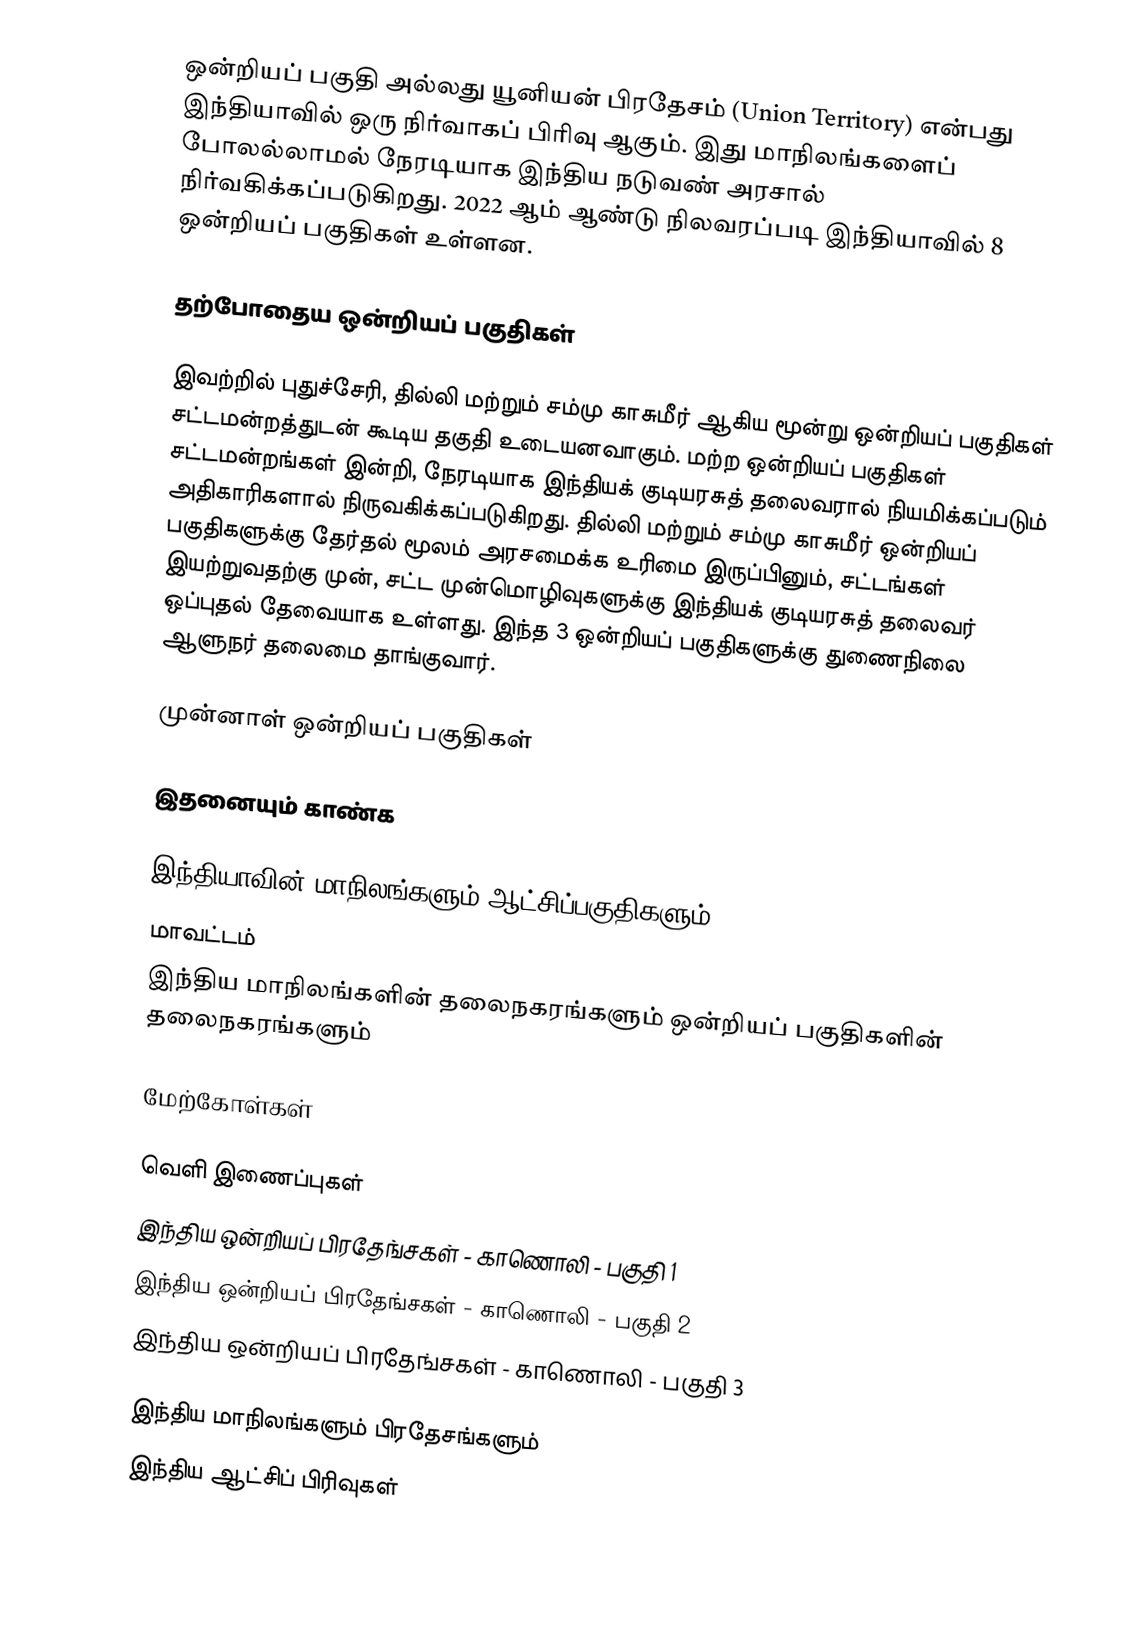
ஒன்றியப் பகுதி அல்லது யூனியன் பிரதேசம் (Union Territory) என்பது இந்தியாவில் ஒரு நிர்வாகப் பிரிவு ஆகும். இது மாநிலங்களைப் போலல்லாமல் நேரடியாக இந்திய நடுவண் அரசால் நிர்வகிக்கப்படுகிறது. 2022 ஆம் ஆண்டு நிலவரப்படி இந்தியாவில் 8 ஒன்றியப் பகுதிகள் உள்ளன.

தற்போதைய ஒன்றியப் பகுதிகள்

இவற்றில் புதுச்சேரி,  தில்லி மற்றும் சம்மு காசுமீர்  ஆகிய மூன்று ஒன்றியப் பகுதிகள் சட்டமன்றத்துடன் கூடிய தகுதி உடையனவாகும். மற்ற ஒன்றியப் பகுதிகள் சட்டமன்றங்கள் இன்றி, நேரடியாக இந்தியக் குடியரசுத் தலைவரால் நியமிக்கப்படும் அதிகாரிகளால் நிருவகிக்கப்படுகிறது. தில்லி மற்றும் சம்மு காசுமீர் ஒன்றியப் பகுதிகளுக்கு தேர்தல் மூலம் அரசமைக்க உரிமை இருப்பினும், சட்டங்கள் இயற்றுவதற்கு முன், சட்ட முன்மொழிவுகளுக்கு இந்தியக் குடியரசுத் தலைவர் ஒப்புதல் தேவையாக உள்ளது. இந்த 3 ஒன்றியப் பகுதிகளுக்கு துணைநிலை ஆளுநர் தலைமை தாங்குவார்.

முன்னாள் ஒன்றியப் பகுதிகள்

இதனையும் காண்க

 இந்தியாவின் மாநிலங்களும் ஆட்சிப்பகுதிகளும்
 மாவட்டம்
 இந்திய மாநிலங்களின் தலைநகரங்களும் ஒன்றியப் பகுதிகளின் தலைநகரங்களும்

மேற்கோள்கள்

வெளி இணைப்புகள்
 இந்திய ஒன்றியப் பிரதேங்சகள் - காணொலி - பகுதி 1
 இந்திய ஒன்றியப் பிரதேங்சகள் - காணொலி - பகுதி 2
 இந்திய ஒன்றியப் பிரதேங்சகள் - காணொலி - பகுதி 3

இந்திய மாநிலங்களும் பிரதேசங்களும்
இந்திய ஆட்சிப் பிரிவுகள்